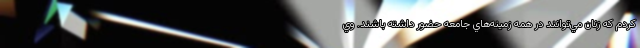
کردم که زنان مي‌توانند در همه زمينه‌هاي جامعه حضور داشته باشند. وي